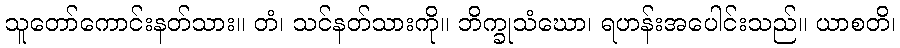
သူတော်ကောင်းနတ်သား။ တံ၊ သင်နတ်သားကို။ ဘိက္ခုသံဃော၊ ရဟန်းအပေါင်းသည်။ ယာစတိ၊